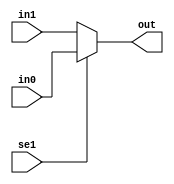
module mux2_1(in0, in1, se1, out);
    input se1;
    input [7:0] in0;
    input [7:0] in1;
    output [7:0] out;
    reg out;

    always@(in0, in1, se1) begin
        if(se1 == 1'b1) begin
            out = in0;
        end
        else begin
            out = in1;
        end
    end
endmodule